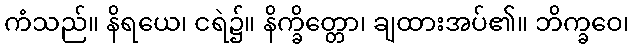
ကံသည်။ နိရယေ၊ ငရဲ၌။ နိက္ခိတ္တော၊ ချထားအပ်၏။ ဘိက္ခဝေ၊